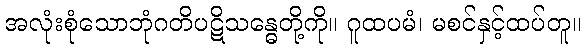
အလုံးစုံသောဘုံဂတိပဋိသန္ဓေတို့ကို။ ဂူထပမံ၊ မစင်နှင့်ထပ်တူ။